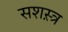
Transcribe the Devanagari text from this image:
सशस़्त्र